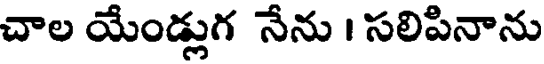
చాల యేండ్లుగ నేను । సలిపినాను